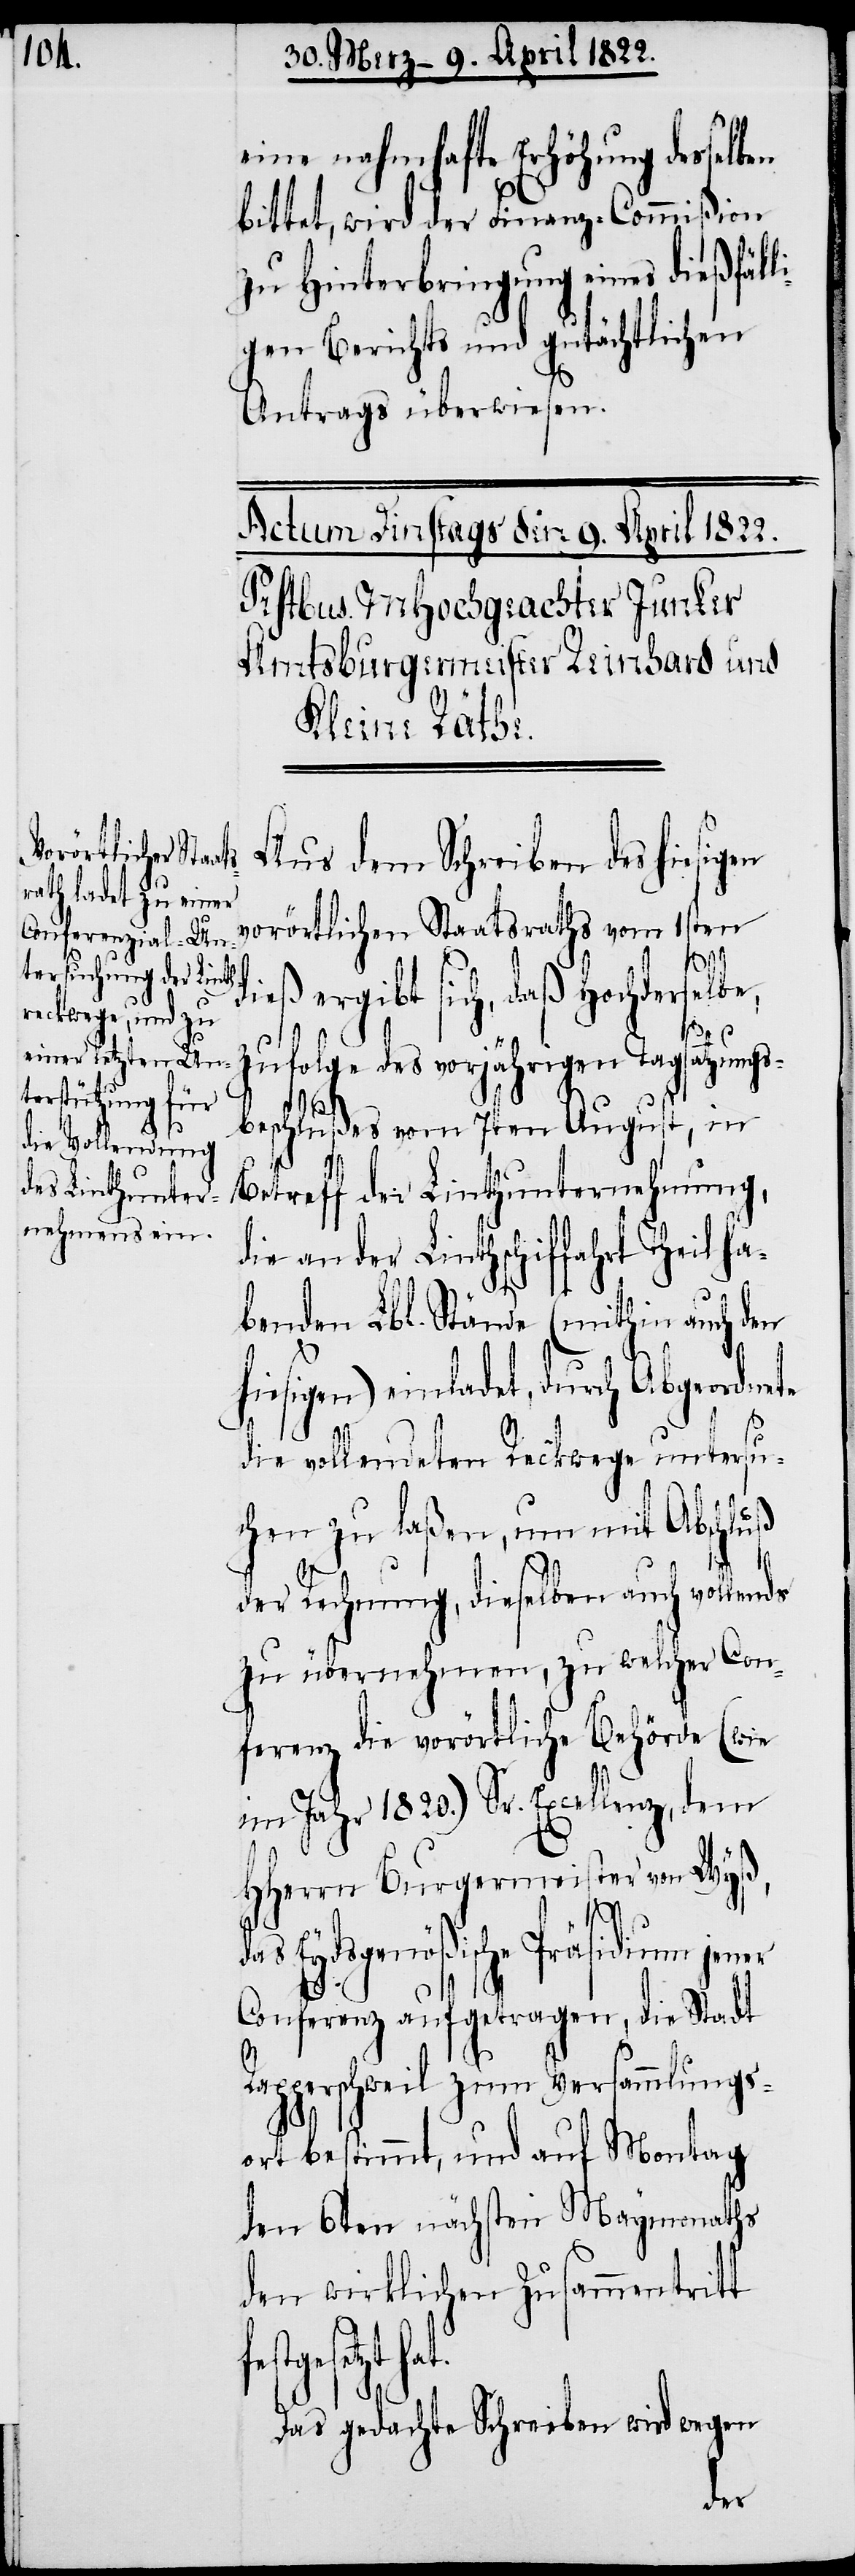
eine nahmhafte Erhöhung desselb¬
bittet, wird der Finanz-Commißion
zu Hinterbringung eines dießfäl¬
gen Berichts und gutächtlichen
Antrags überwiesen.
Aus dem Schreiben des hiesigen
vorörtlichen Staatsraths vom 1sten
dieß ergibt sich, daß Hochderselbe,
zufolge des vorjährigen Tagsatzungs¬
beschlußes vom 7ten August, in
Betreff der Linthunternehmung,
die an der Linthschiffahrt Teil ha¬
benden Lbl. Stände (mithin auch den
hiesigen) einladet, durch Abgeordnete
die vollendeten Reckwege untersu¬
chen zu laßen, um mit Abschluß
der Rechnung, dieselben auch vollends
zu übernehmen, zu welcher Con¬
ferenz die vorörtliche Behörde (wie
im Jahr 1820.) Sr. Excellenz, dem
HHerrn Bürgermeister von Wyß,
d¬
as Eydsgenößische Präsidium jen¬
Conferenz aufgetragen, die Stadt
Rapperschweil zum Versammlungs¬
ort bestimmt, und auf Montag
den 6ten nächsten Maymonaths
den wirklichen Zusammentritt
setzt hat.
Das gedachte Schreiben wird wegen
er